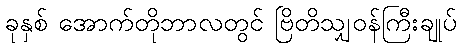
ခုနှစ် အောက်တိုဘာလတွင် ဗြိတိသျှဝန်ကြီးချုပ်